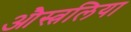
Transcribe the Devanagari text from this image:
औस्त्रलिया